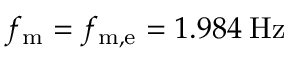
f _ { \mathrm { m } } = f _ { \mathrm { m , e } } = 1 . 9 8 4 \: \mathrm { H z }